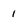
Character: 1